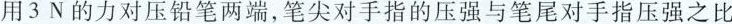
用3N的力对压铅笔两端，笔尖对手指的压强与笔尾对手指压强之比